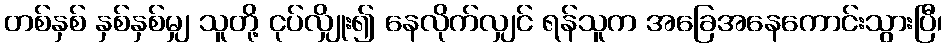
တစ်နှစ် နှစ်နှစ်မျှ သူတို့ ငုပ်လျှိုး၍ နေလိုက်လျှင် ရန်သူက အခြေအနေကောင်းသွားပြီ၊